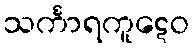
သင်္ကာရကူဋေဝ